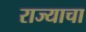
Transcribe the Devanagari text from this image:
राज्‍याचा